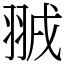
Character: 䎉